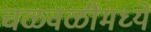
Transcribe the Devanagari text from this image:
चळवळींमध्यें